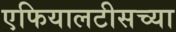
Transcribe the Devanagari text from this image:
एफियालटीसच्या